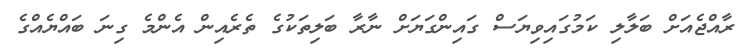
ރާއްޖެއަށް ބަލާލި ކަމުގައިވިޔަސް ގައިންގަޔަށް ނާރާ ބަލިތަކުގެ ތެރެއިން އެންމެ ގިނަ ބައްޔެއްގެ